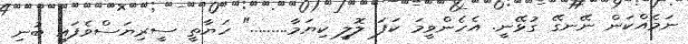
ނަމެއްކަން ނޭނގޭ ގުޅޭނީ. އެހެންވީމަ ކަފަ ލޮލީ ކިޔަމާ........." ހަޔާތީ ސީރިޔަސްވެފައި ބުނި